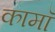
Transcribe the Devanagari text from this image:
कामॉ